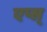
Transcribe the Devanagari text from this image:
एप्स्